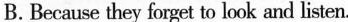
B. Because they forget to look and listen.